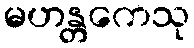
မဟန္တကေသု